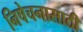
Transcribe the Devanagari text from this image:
निषेचनासाठी